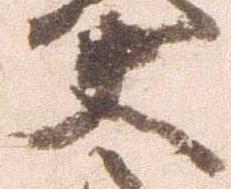
夫